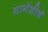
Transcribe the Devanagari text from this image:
मागॅशीषॅ